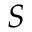
S